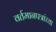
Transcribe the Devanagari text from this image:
वर्तमानपत्रांच्या